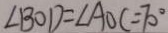
\angle B O D = \angle A O C = 7 0 ^ { \circ }